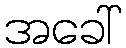
အခေါ်